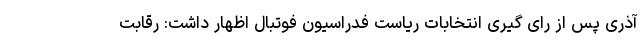
آذری پس از رای گیری انتخابات ریاست فدراسیون فوتبال اظهار داشت: رقابت